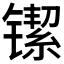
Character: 𬭴